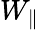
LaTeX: W_{\parallel}